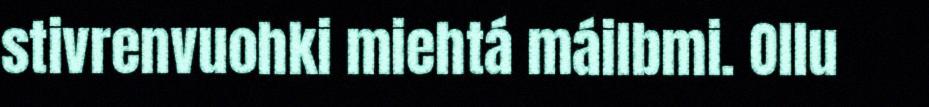
stivrenvuohki miehtá máilbmi. Ollu